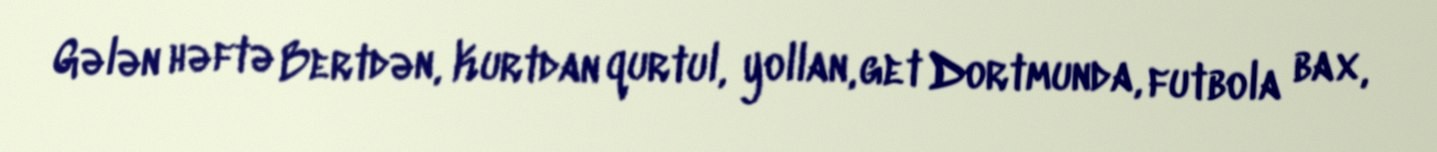
Gələn həftə Bertdən, Kurtdan qurtul, yollan, get Dortmunda, futbola bax,